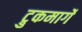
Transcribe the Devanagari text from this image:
ट्रुकमार्गे